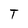
Character: T